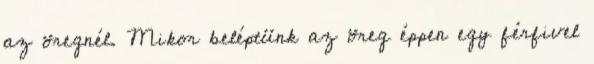
az öregnél. Mikor beléptünk az öreg éppen egy férfivel